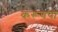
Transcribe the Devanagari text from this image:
करूणया